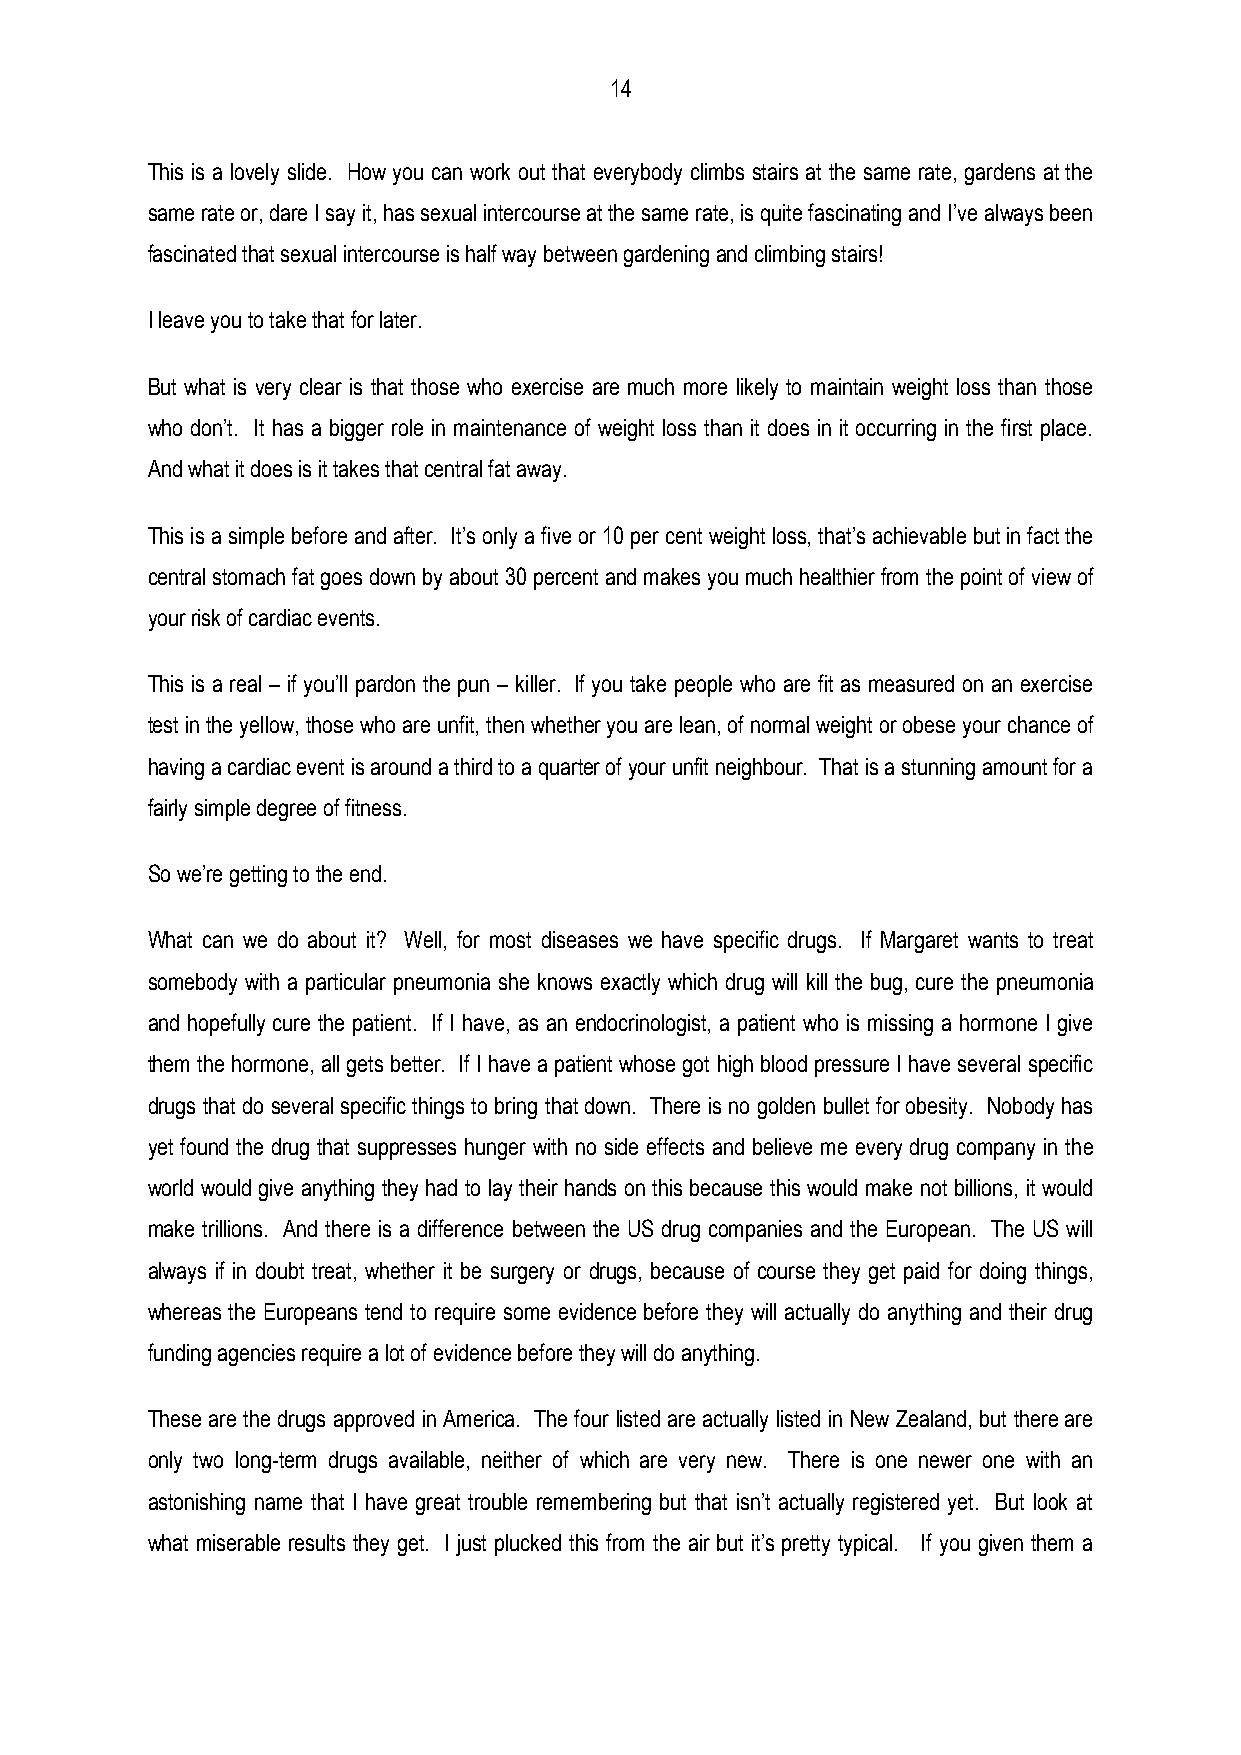
14
 This is a lovely slide. How you can work out that everybody climbs stairs at the same rate, gardens at the
 same rate or, dare I say it, has sexual intercourse at the same rate, is quite fascinating and I’ve always been
 fascinated that sexual intercourse is half way between gardening and climbing stairs!
 I leave you to take that for later.
 But what is very clear is that those who exercise are much more likely to maintain weight loss than those
 who don’t. It has a bigger role in maintenance of weight loss than it does in it occurring in the first place.
 And what it does is it takes that central fat away.
 This is a simple before and after. It’s only a five or 10 per cent weight loss, that’s achievable but in fact the
 central stomach fat goes down by about 30 percent and makes you much healthier from the point of view of
 your risk of cardiac events.
 This is a real – if you’ll pardon the pun – killer. If you take people who are fit as measured on an exercise
 test in the yellow, those who are unfit, then whether you are lean, of normal weight or obese your chance of
 having a cardiac event is around a third to a quarter of your unfit neighbour. That is a stunning amount for a
 fairly simple degree of fitness.
 So we’re getting to the end.
 What can we do about it? Well, for most diseases we have specific drugs. If Margaret wants to treat
 somebody with a particular pneumonia she knows exactly which drug will kill the bug, cure the pneumonia
 and hopefully cure the patient. If I have, as an endocrinologist, a patient who is missing a hormone I give
 them the hormone, all gets better. If I have a patient whose got high blood pressure I have several specific
 drugs that do several specific things to bring that down. There is no golden bullet for obesity. Nobody has
 yet found the drug that suppresses hunger with no side effects and believe me every drug company in the
 world would give anything they had to lay their hands on this because this would make not billions, it would
 make trillions. And there is a difference between the US drug companies and the European. The US will
 always if in doubt treat, whether it be surgery or drugs, because of course they get paid for doing things,
 whereas the Europeans tend to require some evidence before they will actually do anything and their drug
 funding agencies require a lot of evidence before they will do anything.
 These are the drugs approved in America. The four listed are actually listed in New Zealand, but there are
 only two long-term drugs available, neither of which are very new. There is one newer one with an
 astonishing name that I have great trouble remembering but that isn’t actually registered yet. But look at
 what miserable results they get. I just plucked this from the air but it’s pretty typical. If you given them a